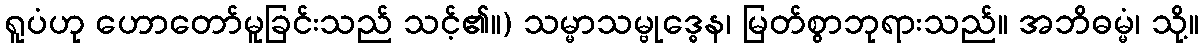
ရူပံဟု ဟောတော်မူခြင်းသည် သင့်၏။) သမ္မာသမ္ဗုဒ္ဓေန၊ မြတ်စွာဘုရားသည်။ အဘိဓမ္မံ၊ သို့။